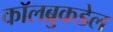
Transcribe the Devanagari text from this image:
कॉलब्रुकडेल